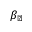
\beta _ { \perp }